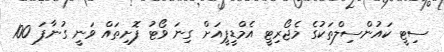
ސިޓީ ކައުންސިލްތަކުގެ މެޖޯރިޓީ އެމްޑީޕީއަށް ގިނަ ވޯޓު ފޮށިތައް ވަނީ ގުނާފަ 100